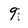
Character: 9